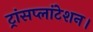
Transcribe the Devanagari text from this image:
ट्रांसप्लांटेशन।